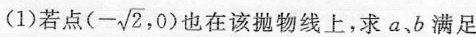
(1)若点(-\sqrt{2},0)也在该抛物线上，求a、b满足